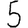
Digit: 5